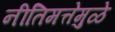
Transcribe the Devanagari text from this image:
नीतिमत्तेमुळे